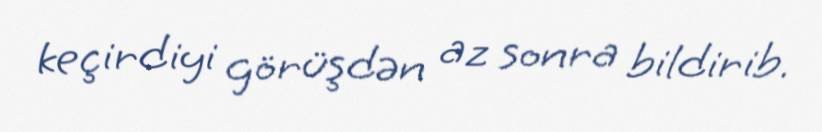
keçirdiyi görüşdən az sonra bildirib.